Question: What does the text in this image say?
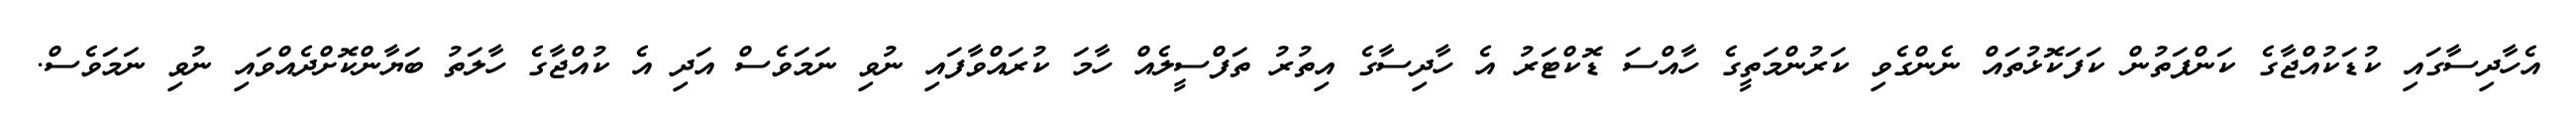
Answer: އެހާދިސާގައި ކުޑަކުއްޖާގެ ކަންފަތުން ކަފަކޮޅުތައް ނެންގެވި ކަރުންމަތީގެ ހާއްސަ ޑޮކްޓަރު އެ ހާދިސާގެ އިތުރު ތަފްސީލެއް ހާމަ ކުރައްވާފައި ނުވި ނަމަވެސް އަދި އެ ކުއްޖާގެ ހާލަތު ބަޔާންކޮށްދެއްވައި ނުވި ނަމަވެސް.